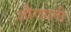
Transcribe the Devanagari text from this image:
औरपानी